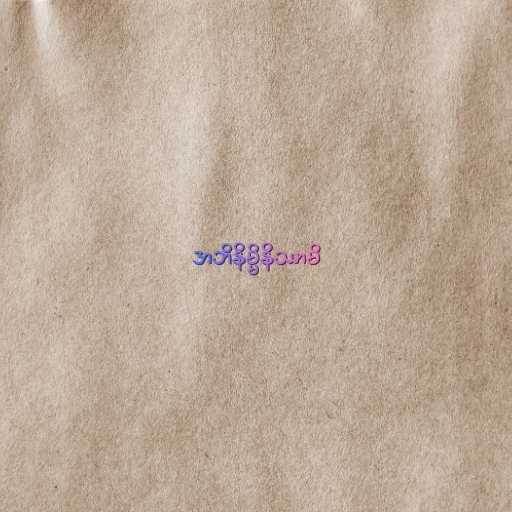
အဘိနိမ္မိနိဿာမိ